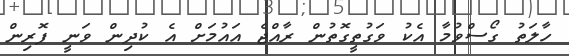
ހާލަތު ގޯސްވުމާ އެކު ވަގުތީގޮތުން ރާއްޖެ އައުމަށް އެ ކުދިން ވަނީ ފޮރިން